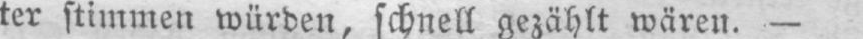
ter stimmen würden, schnell gezählt wären. -